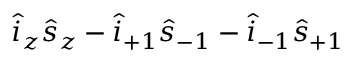
{ \hat { i } _ { z } \hat { s } _ { z } - \hat { i } _ { + 1 } \hat { s } _ { - 1 } - \hat { i } _ { - 1 } \hat { s } _ { + 1 } }